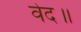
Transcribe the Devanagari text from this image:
वेद॥